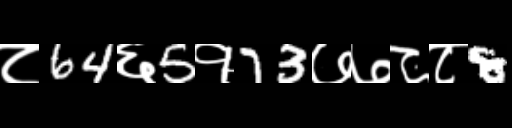
Text: ८64६5१73७७८८8